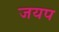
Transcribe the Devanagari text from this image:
जयप